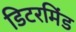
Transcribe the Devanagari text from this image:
डिटरमिंड